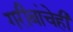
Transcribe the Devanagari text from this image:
गरीबांचेही